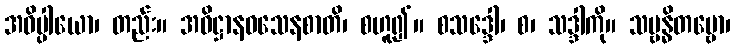
အဓိပ္ပါယော၊ တည်း။ အဓိဋ္ဌာနဝသေနစာတိ၊ စဟူ၍။ စသဒ္ဒေါ၊ စ၊ သဒ္ဒါကို။ သမ္ဗန္ဓိတဗ္ဗော၊